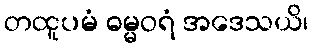
တထူပမံ ဓမ္မဝရံ အဒေသယိ၊